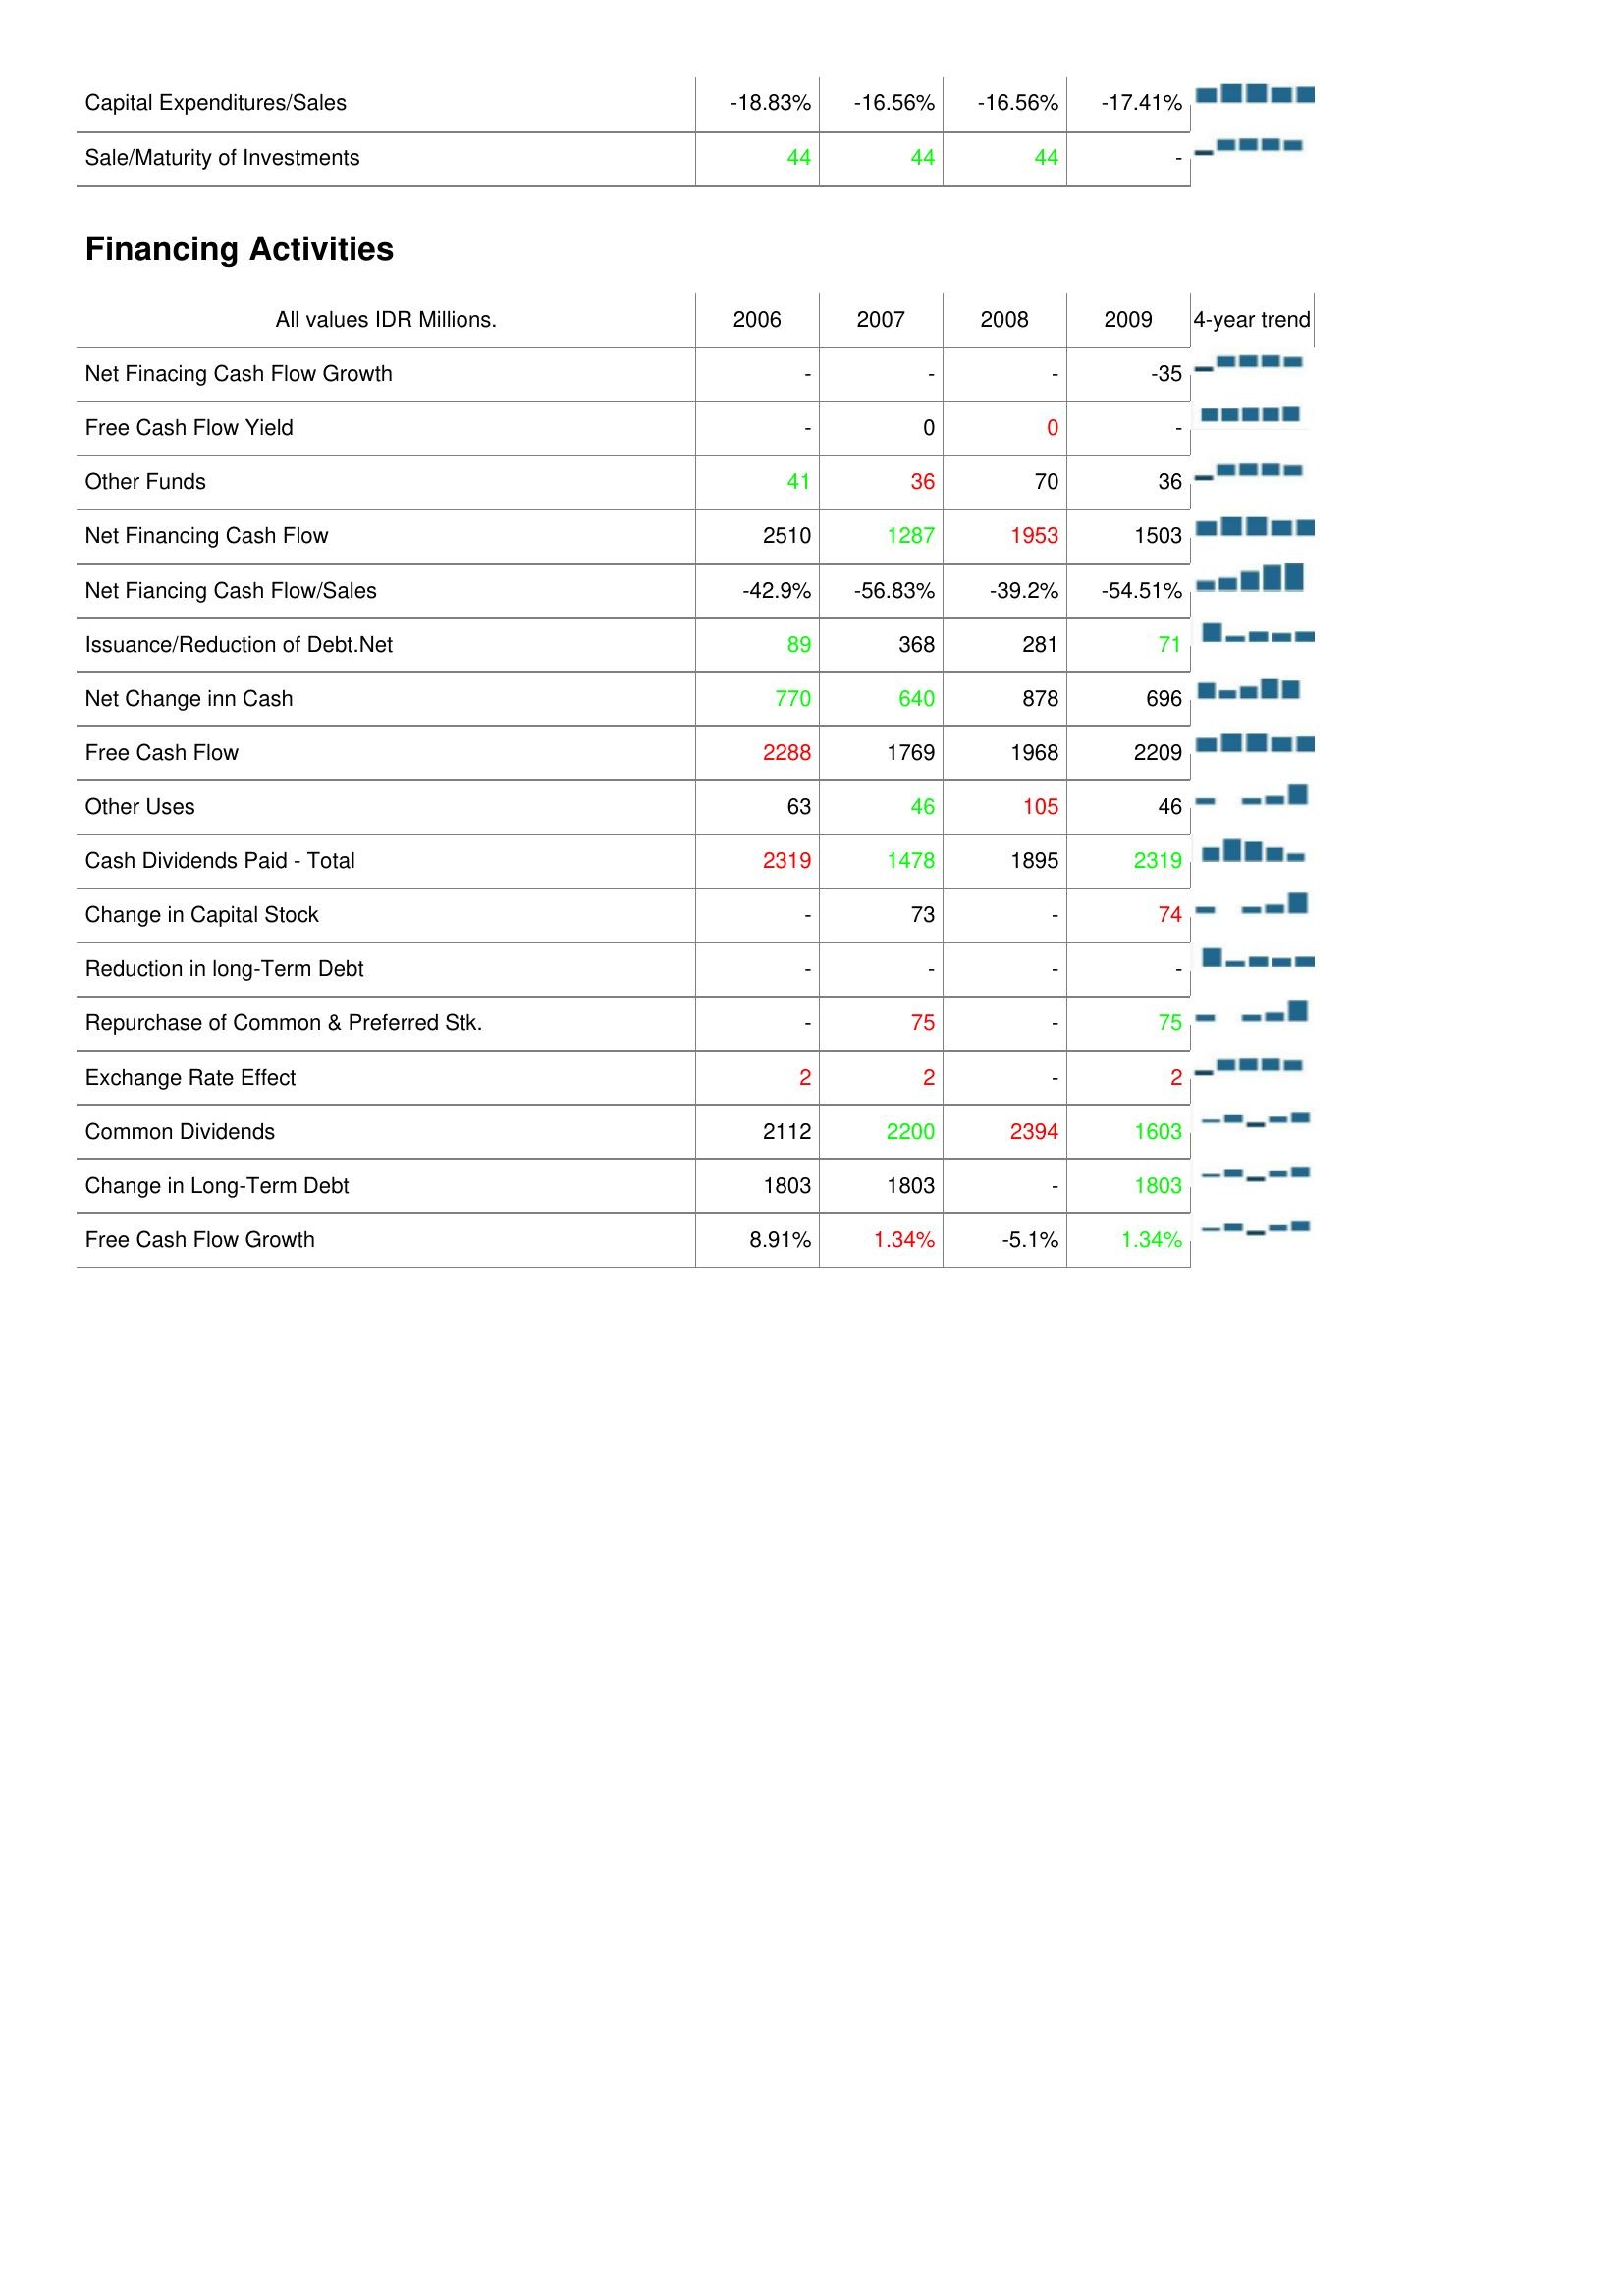
2006: Investing Activities: Capital Expenditures/Sales: -18.83%
Sale/Maturity of Investments: 44
Financing Activities: Net Finacing Cash Flow Growth: -
Free Cash Flow Yield: -
Other Funds: 41
Net Financing Cash Flow: 2510
Net Fiancing Cash Flow/Sales: -42.9%
Issuance/Reduction of Debt.Net: 89
Net Change inn Cash: 770
Free Cash Flow: 2288
Other Uses: 63
Cash Dividends Paid - Total: 2319
Change in Capital Stock: -
Reduction in long-Term Debt: -
Repurchase of Common & Preferred Stk.: -
Exchange Rate Effect: 2
Common Dividends: 2112
Change in Long-Term Debt: 1803
Free Cash Flow Growth: 8.91%
2007: Investing Activities: Capital Expenditures/Sales: -16.56%
Sale/Maturity of Investments: 44
Financing Activities: Net Finacing Cash Flow Growth: -
Free Cash Flow Yield: 0
Other Funds: 36
Net Financing Cash Flow: 1287
Net Fiancing Cash Flow/Sales: -56.83%
Issuance/Reduction of Debt.Net: 368
Net Change inn Cash: 640
Free Cash Flow: 1769
Other Uses: 46
Cash Dividends Paid - Total: 1478
Change in Capital Stock: 73
Reduction in long-Term Debt: -
Repurchase of Common & Preferred Stk.: 75
Exchange Rate Effect: 2
Common Dividends: 2200
Change in Long-Term Debt: 1803
Free Cash Flow Growth: 1.34%
2008: Investing Activities: Capital Expenditures/Sales: -16.56%
Sale/Maturity of Investments: 44
Financing Activities: Net Finacing Cash Flow Growth: -
Free Cash Flow Yield: 0
Other Funds: 70
Net Financing Cash Flow: 1953
Net Fiancing Cash Flow/Sales: -39.2%
Issuance/Reduction of Debt.Net: 281
Net Change inn Cash: 878
Free Cash Flow: 1968
Other Uses: 105
Cash Dividends Paid - Total: 1895
Change in Capital Stock: -
Reduction in long-Term Debt: -
Repurchase of Common & Preferred Stk.: -
Exchange Rate Effect: -
Common Dividends: 2394
Change in Long-Term Debt: -
Free Cash Flow Growth: -5.1%
2009: Investing Activities: Capital Expenditures/Sales: -17.41%
Sale/Maturity of Investments: -
Financing Activities: Net Finacing Cash Flow Growth: -35
Free Cash Flow Yield: -
Other Funds: 36
Net Financing Cash Flow: 1503
Net Fiancing Cash Flow/Sales: -54.51%
Issuance/Reduction of Debt.Net: 71
Net Change inn Cash: 696
Free Cash Flow: 2209
Other Uses: 46
Cash Dividends Paid - Total: 2319
Change in Capital Stock: 74
Reduction in long-Term Debt: -
Repurchase of Common & Preferred Stk.: 75
Exchange Rate Effect: 2
Common Dividends: 1603
Change in Long-Term Debt: 1803
Free Cash Flow Growth: 1.34%